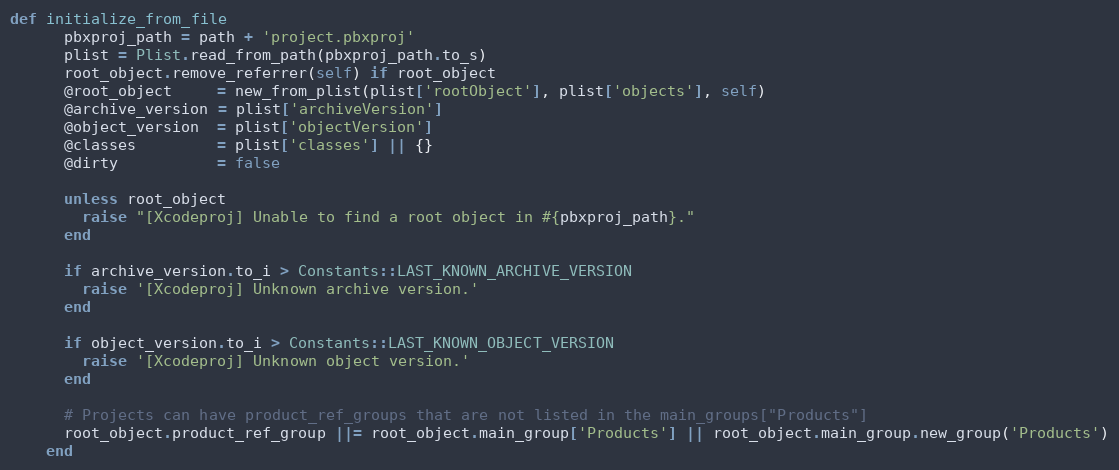
Language: Ruby
def initialize_from_file
      pbxproj_path = path + 'project.pbxproj'
      plist = Plist.read_from_path(pbxproj_path.to_s)
      root_object.remove_referrer(self) if root_object
      @root_object     = new_from_plist(plist['rootObject'], plist['objects'], self)
      @archive_version = plist['archiveVersion']
      @object_version  = plist['objectVersion']
      @classes         = plist['classes'] || {}
      @dirty           = false

      unless root_object
        raise "[Xcodeproj] Unable to find a root object in #{pbxproj_path}."
      end

      if archive_version.to_i > Constants::LAST_KNOWN_ARCHIVE_VERSION
        raise '[Xcodeproj] Unknown archive version.'
      end

      if object_version.to_i > Constants::LAST_KNOWN_OBJECT_VERSION
        raise '[Xcodeproj] Unknown object version.'
      end

      # Projects can have product_ref_groups that are not listed in the main_groups["Products"]
      root_object.product_ref_group ||= root_object.main_group['Products'] || root_object.main_group.new_group('Products')
    end